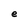
Character: e